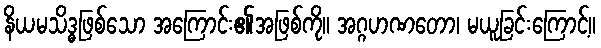
နိယမသိဒ္ဓဖြစ်သော အကြောင်း၏အဖြစ်ကို။ အဂ္ဂဟဏတော၊ မယူခြင်းကြောင့်။